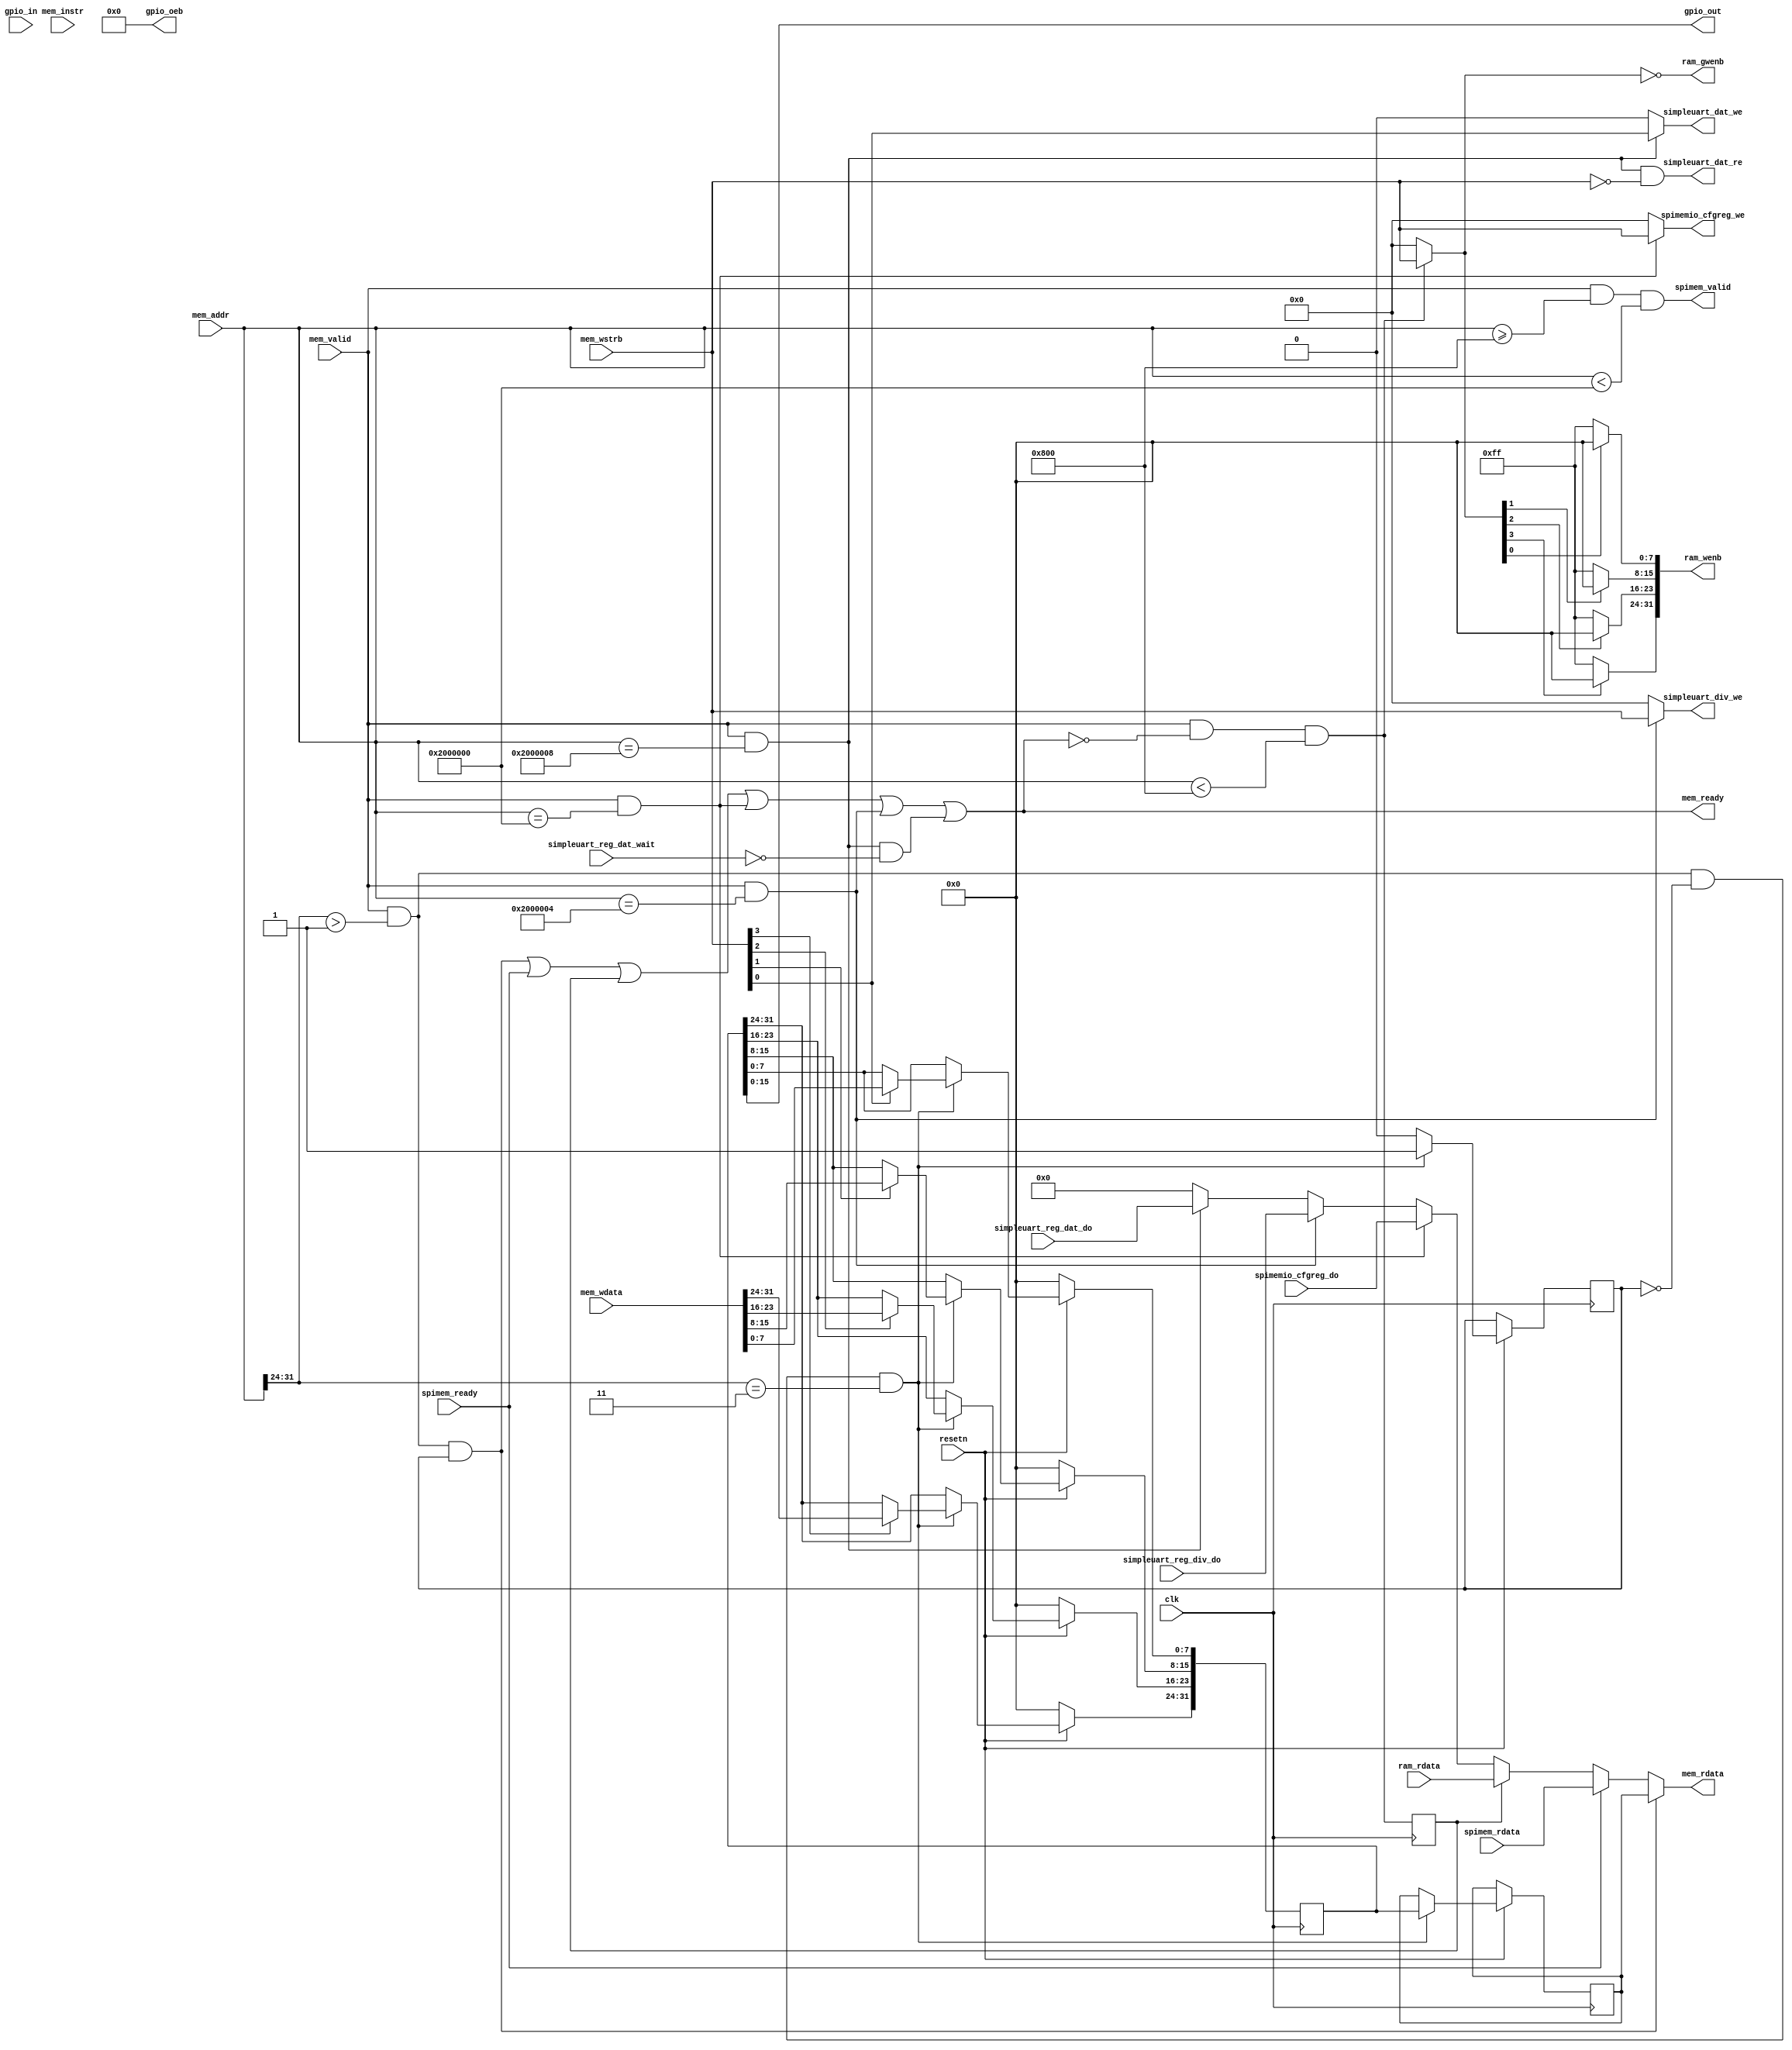
module simple_interconnect (
`ifdef USE_POWER_PINS
    inout vdd,	// User area 1 1.8V supply
    inout vss,	// User area 1 digital ground
`endif
	input clk,
	input resetn,
    //output [7:0] leds,

	input  [15:0] gpio_in,
	output [15:0] gpio_out,
	output [15:0] gpio_oeb,

	//output [31:0] irq,

	input mem_valid,
	input mem_instr,
	output  mem_ready,

	input [31:0] mem_addr,
	input [31:0] mem_wdata,
	input [ 3:0] mem_wstrb,
	output  [31:0] mem_rdata,

    input spimem_ready,
    output spimem_valid,
	input [31:0] spimem_rdata,

    output [3:0] spimemio_cfgreg_we,
    input [31:0] spimemio_cfgreg_do,

    output [3:0] simpleuart_div_we,
    input [31:0] simpleuart_reg_div_do,

    output simpleuart_dat_we,
    output simpleuart_dat_re,
    input [31:0] simpleuart_reg_dat_do,
    input simpleuart_reg_dat_wait,

    input [31:0] ram_rdata,
    output [3:0] ram_gwenb,
	output [31:0] ram_wenb

    );

    parameter integer MEM_WORDS = 512;

	wire        iomem_valid;
	reg         iomem_ready;
	wire [3:0]  iomem_wstrb;
	wire [31:0] iomem_addr;
	wire [31:0] iomem_wdata;
	reg  [31:0] iomem_rdata;

	reg [31:0] gpio;

	assign gpio_out = gpio[15:0];
	assign gpio_oeb = 16'b0;

	always @(posedge clk) begin
		if (!resetn) begin
			gpio <= 0;
		end else begin
			iomem_ready <= 0;
			if (iomem_valid && !iomem_ready && iomem_addr[31:24] == 8'h 03) begin
				iomem_ready <= 1;
				iomem_rdata <= gpio;
				if (iomem_wstrb[0]) gpio[ 7: 0] <= iomem_wdata[ 7: 0];
				if (iomem_wstrb[1]) gpio[15: 8] <= iomem_wdata[15: 8];
				if (iomem_wstrb[2]) gpio[23:16] <= iomem_wdata[23:16];
				if (iomem_wstrb[3]) gpio[31:24] <= iomem_wdata[31:24];
			end
		end
	end    

//	assign irq = {25'b0, irq_in, 3'b0};
//	wire irq_stall = 0;
//	wire irq_uart = 0;

//	always @* begin
//		irq = 0;
//		irq[3] = irq_stall;
//		irq[4] = irq_uart;
//		irq[5] = 1'b0;
//		irq[6] = 1'b0;
//		irq[7] = 1'b0;
//	end

	reg ram_ready;
	//wire [31:0] ram_rdata;

	always @(posedge clk)
		ram_ready <= mem_valid && !mem_ready && mem_addr < 4*MEM_WORDS;

	wire [3:0] ram_gwen;
	assign ram_gwen = ((mem_valid && !mem_ready && mem_addr < 4*MEM_WORDS) ? mem_wstrb : 4'b0);

	assign ram_gwenb = ~ram_gwen;
	assign ram_wenb[7:0] = ram_gwen[0] ? 8'b0 : 8'b1111_1111;
	assign ram_wenb[15:8] = ram_gwen[1] ? 8'b0 : 8'b1111_1111;
	assign ram_wenb[23:16] = ram_gwen[2] ? 8'b0 : 8'b1111_1111;
	assign ram_wenb[31:24] = ram_gwen[3] ? 8'b0 : 8'b1111_1111;

	assign iomem_valid = mem_valid && (mem_addr[31:24] > 8'h 01);
	assign iomem_wstrb = mem_wstrb;
	assign iomem_addr = mem_addr;
	assign iomem_wdata = mem_wdata;

	wire    spimemio_cfgreg_sel = mem_valid && (mem_addr == 32'h 0200_0000);
    assign  spimemio_cfgreg_we = spimemio_cfgreg_sel ? mem_wstrb : 4'b 0000;

    wire    simpleuart_reg_div_sel = mem_valid && (mem_addr == 32'h 0200_0004);
    assign  simpleuart_div_we = simpleuart_reg_div_sel ? mem_wstrb : 4'b 0000;

    wire    simpleuart_reg_dat_sel = mem_valid && (mem_addr == 32'h 0200_0008);
    assign simpleuart_dat_we = simpleuart_reg_dat_sel ? mem_wstrb[0] : 1'b 0;
    assign simpleuart_dat_re = simpleuart_reg_dat_sel && !mem_wstrb;    

	assign mem_ready = (iomem_valid && iomem_ready) || spimem_ready || ram_ready || spimemio_cfgreg_sel ||
			simpleuart_reg_div_sel || (simpleuart_reg_dat_sel && !simpleuart_reg_dat_wait);

	assign mem_rdata = (iomem_valid && iomem_ready) ? iomem_rdata : spimem_ready ? spimem_rdata : ram_ready ? ram_rdata :
			spimemio_cfgreg_sel ? spimemio_cfgreg_do : simpleuart_reg_div_sel ? simpleuart_reg_div_do :
			simpleuart_reg_dat_sel ? simpleuart_reg_dat_do : 32'h 0000_0000;

    assign spimem_valid = mem_valid && mem_addr >= 4*MEM_WORDS && mem_addr < 32'h 0200_0000;            

endmodule